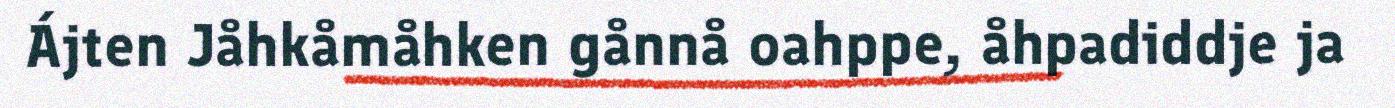
Ájten Jåhkåmåhken gånnå oahppe, åhpadiddje ja